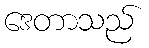
ဒေတာသည်